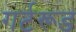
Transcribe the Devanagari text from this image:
गर्टरूड